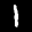
Label: 1